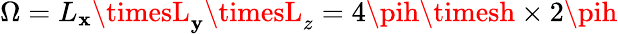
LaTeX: \Omega=L_{\mathbf{x}}\timesL_{\mathbf{y}}\timesL_{z}=4\pih\timesh\times2\pih